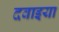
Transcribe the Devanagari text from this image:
दवाइया